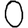
Digit: 0